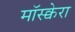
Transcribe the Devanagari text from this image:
मॉस्क्वेरा